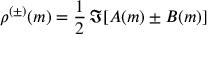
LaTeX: \rho ^ { ( \pm ) } ( m ) = { \frac { 1 } { 2 } } \, \Im [ A ( m ) \pm B ( m ) ]